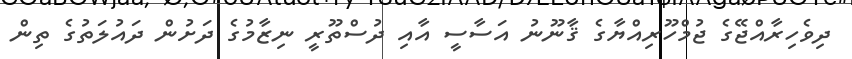
ދިވެހިރާއްޖޭގެ ޖުމްހޫރިއްޔާގެ ޤާނޫނު އަސާސީ އާއި ދުސްތޫރީ ނިޒާމުގެ ދަށުން ދައުލަތުގެ ތިން